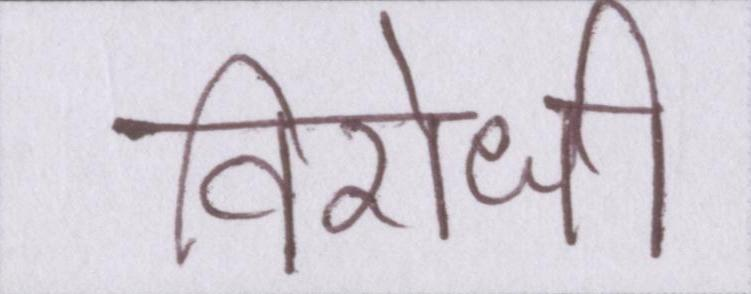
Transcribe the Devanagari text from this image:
विरोधी